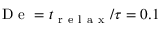
\mathrm { ~ D ~ e ~ } = { t _ { \mathrm { ~ r ~ e ~ l ~ a ~ x ~ } } / \tau } = 0 . 1